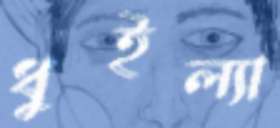
ধুইল্যা